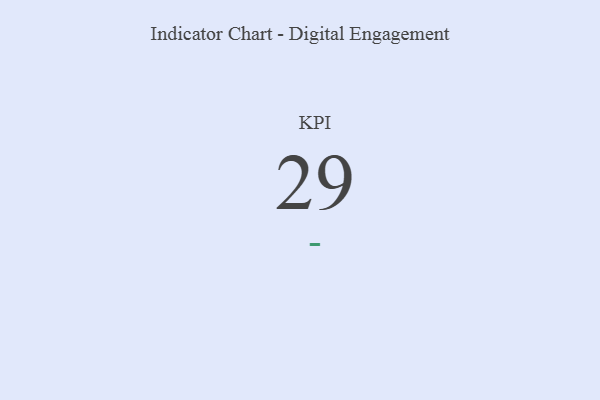
{"axis": {"x": "KPI", "y": "Value"}, "legend": [""], "data": [{"x": "KPI", "y": 29, "type": ""}]}